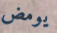
يومض